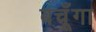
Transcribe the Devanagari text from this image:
बचूँगा